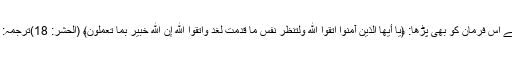
اور اللہ تعالی کے اس فرمان کو بھی پڑھا: ﴿يَا أَيُّهَا الَّذِينَ آمَنُوا اتَّقُوا اللَّهَ وَلْتَنْظُرْ نَفْسٌ مَا قَدَّمَتْ لِغَدٍ وَاتَّقُوا اللَّهَ إِنَّ اللَّهَ خَبِيرٌ بِمَا تَعْمَلُونَ﴾ (الحشر: 18)ترجمہ: ”اے ایمان والو!